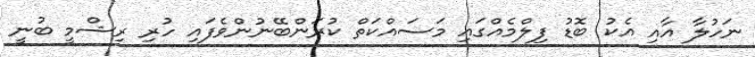
ނަހުލާ އާއި އެކު ބޮޑު ފިލްމެއްގައި މަސައްކަތް ކުރަންބޭނުންވެފައި ހުރި ރިޝްމީ ބުނީ